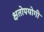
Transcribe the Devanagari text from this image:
क्षतोपयोगी